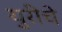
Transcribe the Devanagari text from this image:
युरीचे